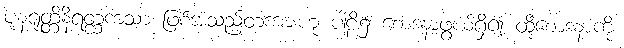
ပုနရုတ္တိနိရတ္ထကသာ ဖြစ်အံ့သည်တကားဟု ပါဠိ၌ စောဒနာဖွယ်ရှိ၍ ထိုစောဒနာကို